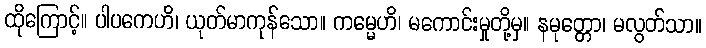
ထိုကြောင့်။ ပါပကေဟိ၊ ယုတ်မာကုန်သော။ ကမ္မေဟိ၊ မကောင်းမှုတို့မှ။ နမုတ္တော၊ မလွတ်သာ။